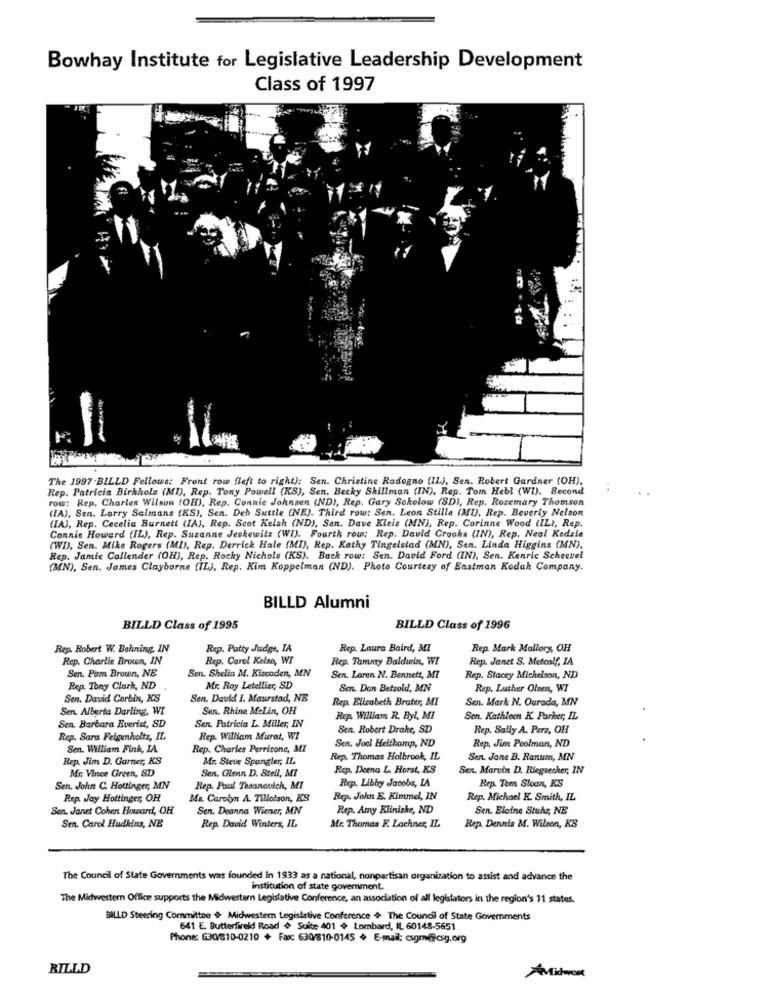
Bowhay Institute for Legislative Leadership Development
Class of 1997
The 1997-BILLD Fellows: Front row (left to right): Sen. Christine Radogno (IL), Sen. Robert Gardner (OH),
Rep. Patricia Birkholz (MI), Rep. Tony Powell (KS), Sen. Becky Shillman (IN), Rep. Tom Hebl (WI). Second
row: Rep. Charles Wilson (OH), Rep. Connie Johnsen (ND), Rep. Gary Sokolow (SD), Rep. Rosemary Thomson
(IA), Sen. Larry Salmans (KS), Sen. Deb Suttle (NE). Third row: Sen. Leon Stille (MI). Rep. Beverly Nelson
(IA), Rep. Cecelia Burnett (IA), Rep. Scot Kelsh (ND), Sen. Dave Kleis (MN), Rep. Corinne Wood (IL), Rep.
Connie Howard (IL), Rep. Suzanne Jeskewitz (WI). Fourth row: Rep. David Crooks (IN), Rep. Neal Kedzie
(WI), Sen. Mike Rogers (MD), Rep. Derrick Hale (MI), Rep. Kathy Tingelstad (MN), Sen. Linda Higgins (MN),
Rep. Jamie Callender (OH), Rep. Rocky Nichols (KS). Back row: Sen. David Ford (IN), Sen. Kenric Schecuel
(MN), Sen. James Clayborne (IL), Rep. Kim Koppelman (ND). Photo Courtesy of Eastman Kodak Company.
BILLD Alumni
BILLD Class of 1995
BILLD Class of 1996
Rep. Robert W. Behning, IN
Rap. Patty Judge, LA
Rep. Laura Baird, MI
Rep. Mark Mallory OH
Rep. Charlie Brown, IN
Rep. Carol Kelso, WI
Rep. Tammy Baldwin, WI
Rep. Janet S. Metcalf, IA
Sen. Pum Brown, NE
Sen. Shelia M. Kiscoden, MN
Sen. Loren N. Bennett, MT
Rep. Stacey Michelson, ND
Rep. Tony Clark, ND
Mr. Roy Letellier, SD
Sen. Don Betzold, MN
Rep. Luther Olsen, WI
Sen. David Corbin, KS
Sen. David I. Maurstad, NE
Rep. Elizabeth Brater, MI
Sen. Mark N. Ourada, MN
Sen. Alberta Darling, WI
Sen. Rhine Melin, OH
Rep. William R. Byl, MI
Sen. Kathleen K. Parker, IL
Sen. Barbara Everist, SD
Sen. Patricia L. Miller, IN
Sen. Robert Drake, SD
Rep. Sally A. Para, OH
Rep. Sara Felgenholtz, IL
Rep. William Murat, WI
Sen. William Fink, IA.
Rep. Charles Perricone, MI
Sen. Joel Heitkamp, ND
Rep. Jim Poolman, ND
Rep. Jim D. Garner, KS
Mr. Steve Spangler, IL.
Rep. Thomas Holbrook, IL
Sen. Jone B. Ranum, MN
Mr. Vince Green, SD
Rep. Derno L. Horst, KS
Sen. Marvin D. Riegsecker, IN
Sen, Glenn D. Steil, MI
Rep. Libby Jacobs, LA
Rep. Tom Sloan, KS
Sen. John C. Hettinger, MN
Rep. Paul Thsanouich, MT
Rep. Jay Hottinger, OR
Ma. Carolyn A. Tillotson, KS
Rep. John E. Kimmel, IN
Rep. Michael K. Smith, IL
Sen. Janet Cohen Howard, OH
Sen. Deanna Wiener, MN
Rep. Amy Kliniske, ND
Sen. Elaine Stuhr, NE
Sen. Carol Hudkins, NE
Rep. David Winters, IL
Mr. Thomas K. Lochner, IL
Rep. Dennis M. Wilson, KS
The Council of State Governments was founded in 1933 as a national, nonpartisan organization to assist and advance the
institution of state government.
The Midwestern Office supports the Midwestem Legislative Conference, an association of all legislators in the region's 11 states.
BILLD Steering Committee + Midwestern Legislative Conference & The Council of State Governments
641 E. Butterfireld Road + Suite 401 + Lombard, IL 60148-5651
Phone: 630/810-0210 + Fax: 630/810-0145 + E-mail: cxgm@csg.org
BILLD
PMidwont